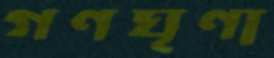
গণঘৃণা